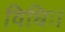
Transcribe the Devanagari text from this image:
विधिः।